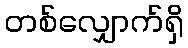
တစ်လျှောက်ရှိ